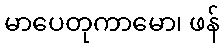
မာပေတုကာမော၊ ဖန်